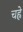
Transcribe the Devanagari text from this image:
चह्रे